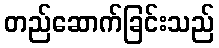
တည်ဆောက်ခြင်းသည်